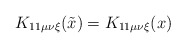
\begin{align*}K_{11 \mu \nu \xi} (\tilde{x}) = K_{11 \mu \nu \xi} (x)\end{align*}